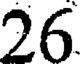
26